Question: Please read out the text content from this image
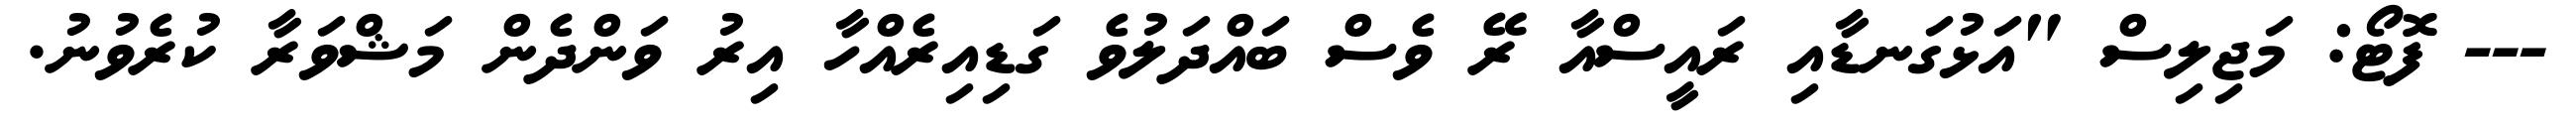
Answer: --- ފޮޓޯ: މަޖިލިސް "އަޅުގަނޑާއި ރައީސްއާ ރޭ ވެސް ބައްދަލުވެ ގަޑިއިރެއްހާ އިރު ވަންދެން މަޝްވަރާ ކުރެވުނު.